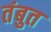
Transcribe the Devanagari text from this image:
तंबुत